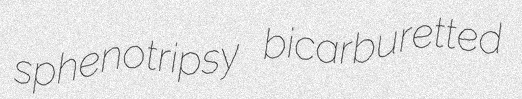
sphenotripsy bicarburetted